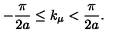
- \frac { \pi } { 2 a } \leq k _ { \mu } < \frac { \pi } { 2 a } .